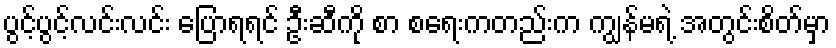
ပွင့်ပွင့်လင်းလင်း ပြောရရင် ဦးဆီကို စာ စရေးကတည်းက ကျွန်မရဲ့ အတွင်းစိတ်မှာ